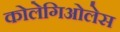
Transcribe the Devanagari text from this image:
कोलेगिओलेस